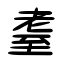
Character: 耋